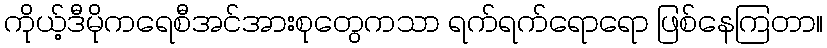
ကိုယ့်ဒီမိုကရေစီအင်အားစုတွေကသာ ရက်ရက်ရောရော ဖြစ်နေကြတာ။